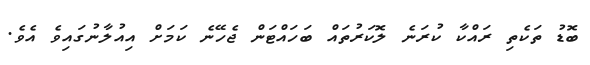
ބޮޑު ތަކެތި ރައްކާ ކުރަނެ ލޮކަރުތައް ބަހައްޓަން ޖެހޭނެ ކަމަށް އިއުލާނުގައިވެ އެވެ.